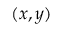
( x , y )